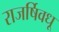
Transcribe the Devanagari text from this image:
राजर्षिवधू